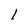
Character: l